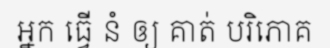
ឣ្នក ធ្វើ នំ ឲ្យ គាត់ បរិភោគ